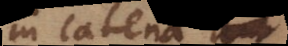
in catena,